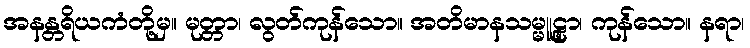
အနန္တရိယကံတို့မှ။ မုတ္တာ၊ လွတ်ကုန်သော။ အတိမာနသမ္မူဠှာ၊ ကုန်သော။ နရာ၊